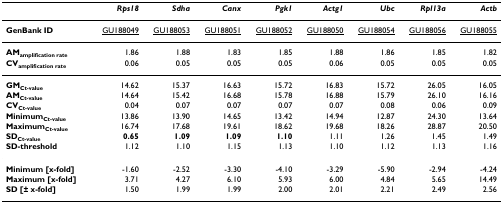
<table><thead><tr><td></td><td><b><i>Rps18</i></b></td><td><b><i>Sdha</i></b></td><td><b><i>Canx</i></b></td><td><b><i>Pgk1</i></b></td><td><b><i>Actg1</i></b></td><td><b><i>Ubc</i></b></td><td><b><i>Rpl13a</i></b></td><td><b><i>Actb</i></b></td></tr></thead><tbody><tr><td><b>GenBank ID</b></td><td>GU188049</td><td>GU188053</td><td>GU188051</td><td>GU188052</td><td>GU188050</td><td>GU188054</td><td>GU188056</td><td>GU188055</td></tr><tr><td><b>AM<sub>amplification rate</sub></b></td><td>1.86</td><td>1.88</td><td>1.83</td><td>1.85</td><td>1.88</td><td>1.86</td><td>1.85</td><td>1.82</td></tr><tr><td><b>CV<sub>amplification rate</sub></b></td><td>0.06</td><td>0.05</td><td>0.05</td><td>0.05</td><td>0.06</td><td>0.05</td><td>0.05</td><td>0.05</td></tr><tr><td><b>GM<sub>Ct-value</sub></b></td><td>14.62</td><td>15.37</td><td>16.63</td><td>15.72</td><td>16.83</td><td>15.72</td><td>26.05</td><td>16.05</td></tr><tr><td><b>AM<sub>Ct-value</sub></b></td><td>14.64</td><td>15.42</td><td>16.68</td><td>15.78</td><td>16.88</td><td>15.79</td><td>26.10</td><td>16.16</td></tr><tr><td><b>CV<sub>Ct-value</sub></b></td><td>0.04</td><td>0.07</td><td>0.07</td><td>0.07</td><td>0.07</td><td>0.08</td><td>0.06</td><td>0.09</td></tr><tr><td><b>Minimum<sub>Ct-value</sub></b></td><td>13.86</td><td>13.90</td><td>14.65</td><td>13.42</td><td>14.94</td><td>12.87</td><td>24.30</td><td>13.64</td></tr><tr><td><b>Maximum<sub>Ct-value</sub></b></td><td>16.74</td><td>17.68</td><td>19.61</td><td>18.62</td><td>19.68</td><td>18.26</td><td>28.87</td><td>20.50</td></tr><tr><td><b>SD<sub>Ct-value</sub></b></td><td><b>0.65</b></td><td><b>1.09</b></td><td><b>1.09</b></td><td><b>1.10</b></td><td>1.11</td><td>1.26</td><td>1.45</td><td>1.49</td></tr><tr><td><b>SD-threshold</b></td><td>1.12</td><td>1.10</td><td>1.15</td><td>1.13</td><td>1.10</td><td>1.12</td><td>1.13</td><td>1.16</td></tr><tr><td><b>Minimum [x-fold]</b></td><td>-1.60</td><td>-2.52</td><td>-3.30</td><td>-4.10</td><td>-3.29</td><td>-5.90</td><td>-2.94</td><td>-4.24</td></tr><tr><td><b>Maximum [x-fold]</b></td><td>3.71</td><td>4.27</td><td>6.10</td><td>5.93</td><td>6.00</td><td>4.84</td><td>5.65</td><td>14.49</td></tr><tr><td><b>SD [± x-fold]</b></td><td>1.50</td><td>1.99</td><td>1.99</td><td>2.00</td><td>2.01</td><td>2.21</td><td>2.49</td><td>2.56</td></tr></tbody></table>